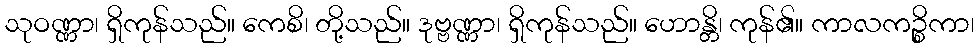
သုဝဏ္ဏာ၊ ရှိကုန်သည်။ ကေစိ၊ တို့သည်။ ဒုဗ္ဗဏ္ဏာ၊ ရှိကုန်သည်။ ဟောန္တိ၊ ကုန်၏။ ကာလကဉ္စိကာ၊